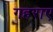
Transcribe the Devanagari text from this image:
गहराए